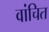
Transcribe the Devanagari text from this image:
वांचित